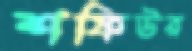
শফিউর